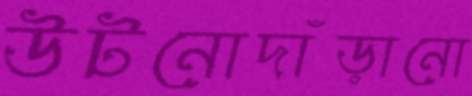
উটনোদাঁড়ানো